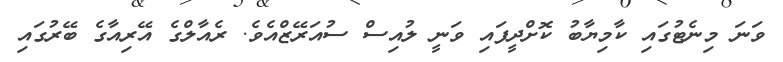
ވަނަ މިނެޓުގައި ކާމިޔާބު ކޮށްދީފައި ވަނީ ލުއިސް ސުއަރޭޒްއެވެ. ރެއާލްގެ އޭރިއާގެ ބޭރުގައި